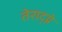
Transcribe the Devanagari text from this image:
तेराद्य्ने